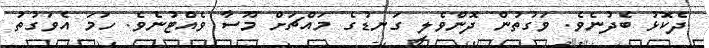
ދެކޮޅު ބެދުނެވެ. ވަގުތުން ދޮންވެލި ގަނޑުގެ މައްޗަށް މޫސާ ވެއްޓުނެވެ. ހަމަ އެވަގުތު